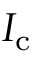
I _ { \mathrm { c } }